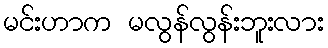
မင်းဟာက မလွန်လွန်းဘူးလား